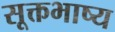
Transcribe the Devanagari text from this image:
सूक्तभाष्य